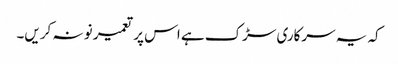
کہ یہ سرکاری سڑک ہے اس پر تعمیر نو نہ کریں۔